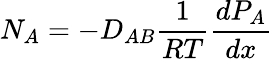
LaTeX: N_{A}=-D_{AB}{\frac{1}{RT}}{\frac{dP_{A}}{dx}}